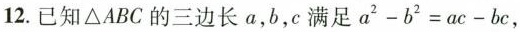
12. 已知△ABC的三边长a，b，c满足$$a ^ { 2 } - b ^ { 2 } = a c - b c$$，